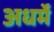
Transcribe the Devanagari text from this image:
अधर्मे